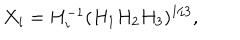
LaTeX: X _ { i } = H _ { i } ^ { - 1 } ( H _ { 1 } H _ { 2 } H _ { 3 } ) ^ { 1 / 3 } ,